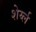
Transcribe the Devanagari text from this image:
शेर्य्ल